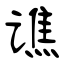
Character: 谯